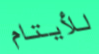
للأيتام